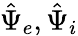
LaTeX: \hat{\Psi}_{e},\hat{\Psi}_{i}